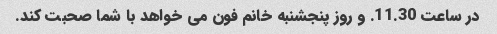
در ساعت 11.30. و روز پنجشنبه خانم فون می خواهد با شما صحبت کند.